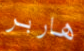
هاربر